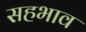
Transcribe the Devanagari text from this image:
सहभाव